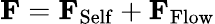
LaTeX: \textbf{F}=\textbf{F}_{\mathrm{Self}}+\textbf{F}_{\mathrm{Flow}}